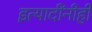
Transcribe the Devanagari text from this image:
इत्यादींनीही